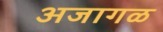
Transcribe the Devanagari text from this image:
अजागळ